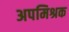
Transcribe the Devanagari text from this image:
अपमिश्रक